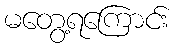
မတွေ့ရကြောင်း